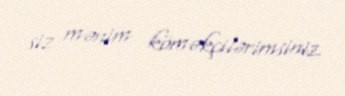
siz mənim köməkçilərimsiniz.